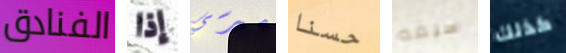
الفنادق إذا ميرسي حسنا سيفه كذلك